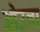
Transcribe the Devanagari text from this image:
ओउजा